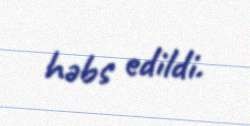
həbs edildi.